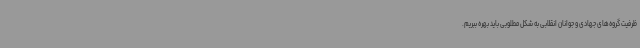
ظرفیت گروه‌های جهادی و جوانان انقلابی به شکل مطلوبی باید بهره ببریم.